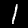
Label: 1